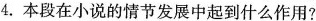
4.本段在小说的情节发展中起到什么作用?